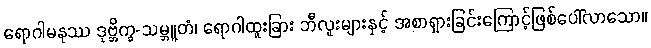
ရောဂါမနုဿ ဒုဗ္ဘိက္ခ-သမ္ဘူတံ၊ ရောဂါထူးခြား ဘီလူးများနှင့် အစာရှားခြင်းကြောင့်ဖြစ်ပေါ်လာသော။